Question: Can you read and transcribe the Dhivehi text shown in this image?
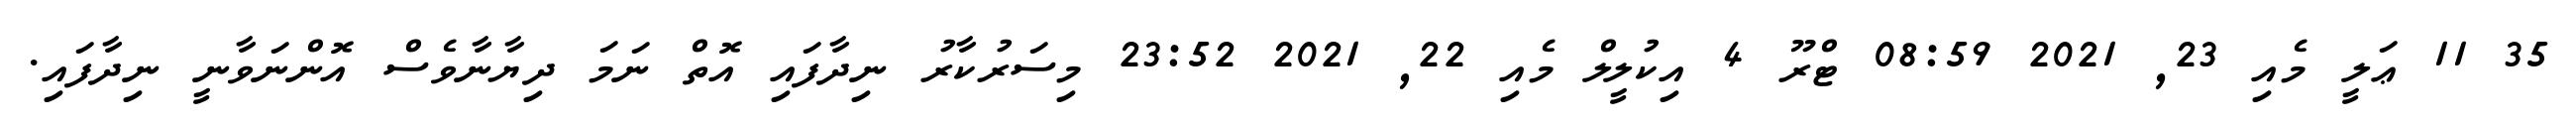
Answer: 35 11 ޢަލީ މެއި 23, 2021 08:59 ޓްރޫ 4 އިކުލީލް މެއި 22, 2021 23:52 މިސަރުކާރު ނިދާފައި އޮތް ނަމަ ދިޔާނާވެސް އޮންނަވާނީ ނިދާފައި.